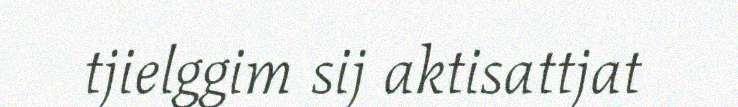
tjielggim sij aktisattjat